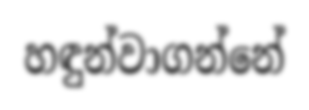
හඳුන්වාගන්නේ